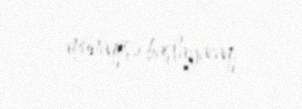
münaqişə başlayacaq.